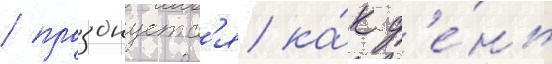
/ празднуетс'я ка́к д'е́нь